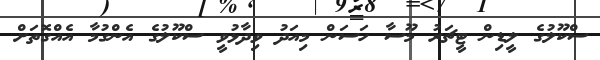
ސްކޫލުގެ ލީޑިން ޓީޗަރު މޫސާ ހަސަން މިއަދު ވިދާޅުވީ ސްކޫލުގެ އެންގުމާ އެއްގޮތަށް